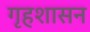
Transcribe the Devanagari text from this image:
गृहशासन